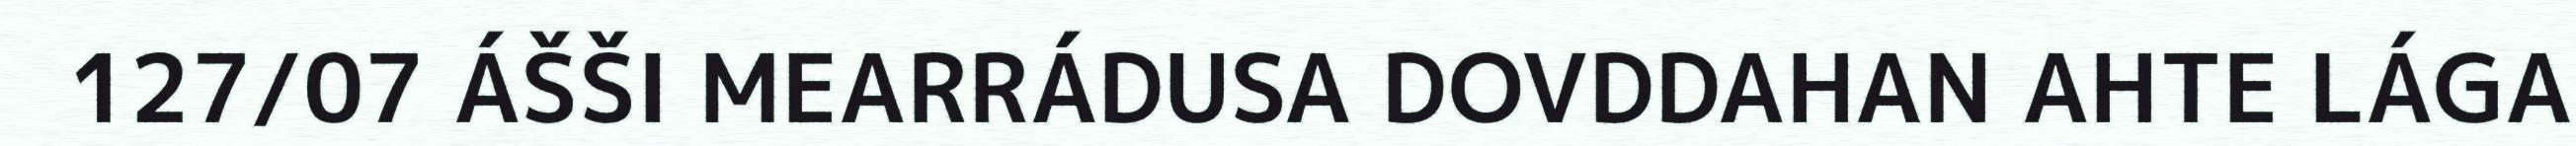
127/07 ÁŠŠI MEARRÁDUSA DOVDDAHAN AHTE LÁGA